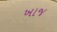
ખાજ